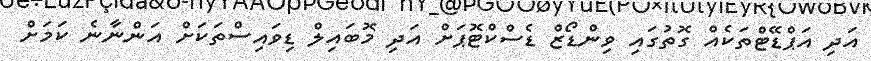
އަދި އަޕްޑޭޓްތަކެއް ގޮތުގައި ވިންޑޯޒް ޑެސްކްޓޮޕަށް އަދި މޮބައިލް ޑިވައިސްތަކަށް އަންނާނެ ކަމަށް